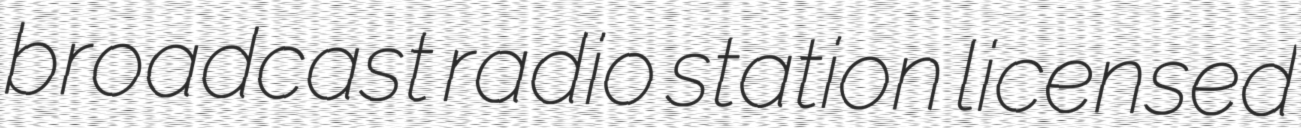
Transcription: broadcast radio station licensed